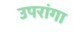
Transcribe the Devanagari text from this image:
उपरांगा